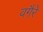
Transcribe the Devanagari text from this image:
वगैरें